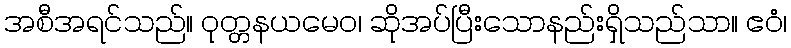
အစီအရင်သည်။ ဝုတ္တနယမေဝ၊ ဆိုအပ်ပြီးသောနည်းရှိသည်သာ။ ဧဝံ၊